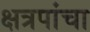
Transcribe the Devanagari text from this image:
क्षत्रपांचा